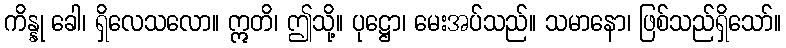
ကိန္နု ခေါ၊ ရှိလေသလော။ ဣတိ၊ ဤသို့။ ပုဋ္ဌော၊ မေးအပ်သည်။ သမာနော၊ ဖြစ်သည်ရှိသော်။